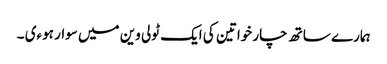
ہمارے ساتھ چار خواتین کی ایک ٹولی وین میں سوار ہوءی ۔